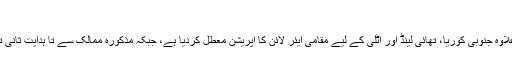
‘
دوسری طرف کویت نے عراق کے تمام شہروں کے علاوہ جنوبی کوریا، تھائی لینڈ اور اٹلی کے لیے مقامی ایئر لائن کا آپریشن معطل کردیا ہے، جبکہ مذکورہ ممالک سے تا ہدایت ثانی تمام ہوائی کمپنیوں کی پروازیں معطل کر دی جاتی ہیں۔